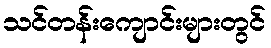
သင်တန်းကျောင်းများတွင်